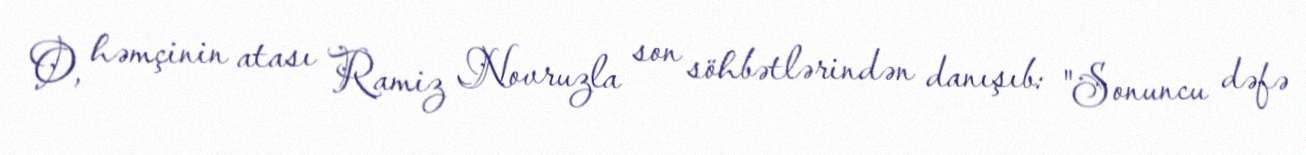
O, həmçinin atası Ramiz Novruzla son söhbətlərindən danışıb: "Sonuncu dəfə